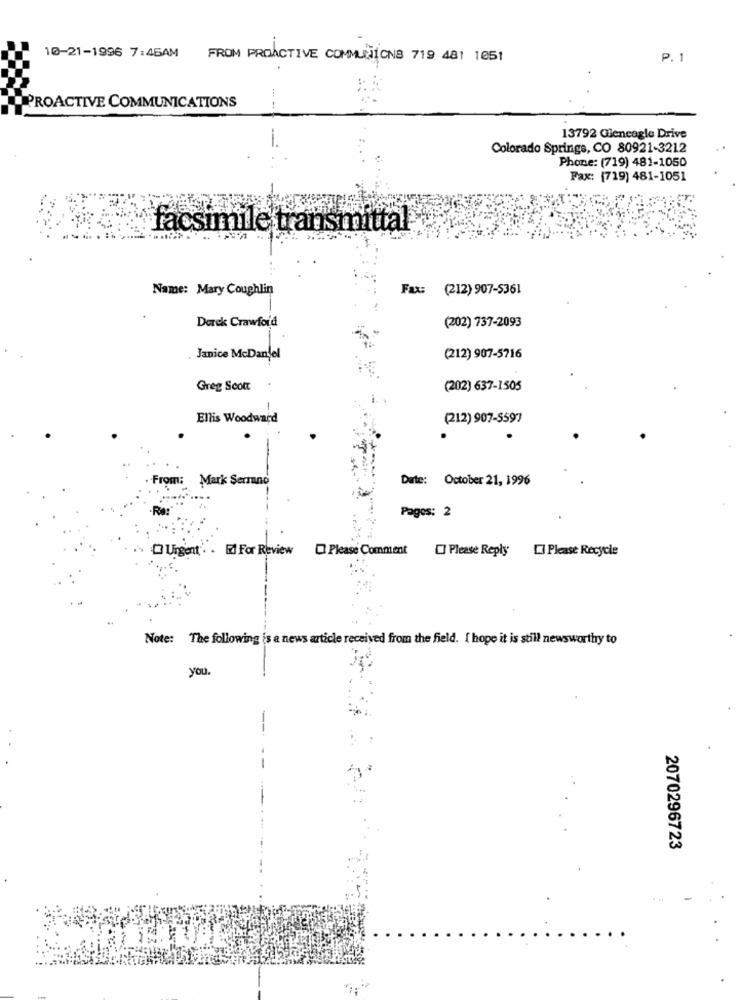
10-21-1996 7:45AM FROM PROACTIVE COMMUNICNS 719 481 1051
P. 1
PROACTIVE COMMUNICATIONS
----
13792 Gleneagle Drive
Colorado Springs, CO 80921-3212
Phone: (719) 481-1050
Fax: (719) 481-1051
facsimile transmittal
Name: Mary Coughlin
Fax: (212) 907-5361
Derek Crawford
(202) 737-2093
Janice McDaniel
(212) 907-5716
Greg Scott
(202) 637-1505
Ellis Woodward
(212) 907-5597
.
om:
Mark Serrano
Date: October 21, 1996
Pages: 2
Please Comment
Please Reply LI Please Recycle
Urgent. . EZ For Review
Note: The following is a news article received from the field. I hope it is still newsworthy to
you.
-
2070296723